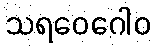
သရဝေဂေါဝ